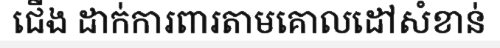
ជើង ដាក់ការពារតាមគោលដៅសំខាន់